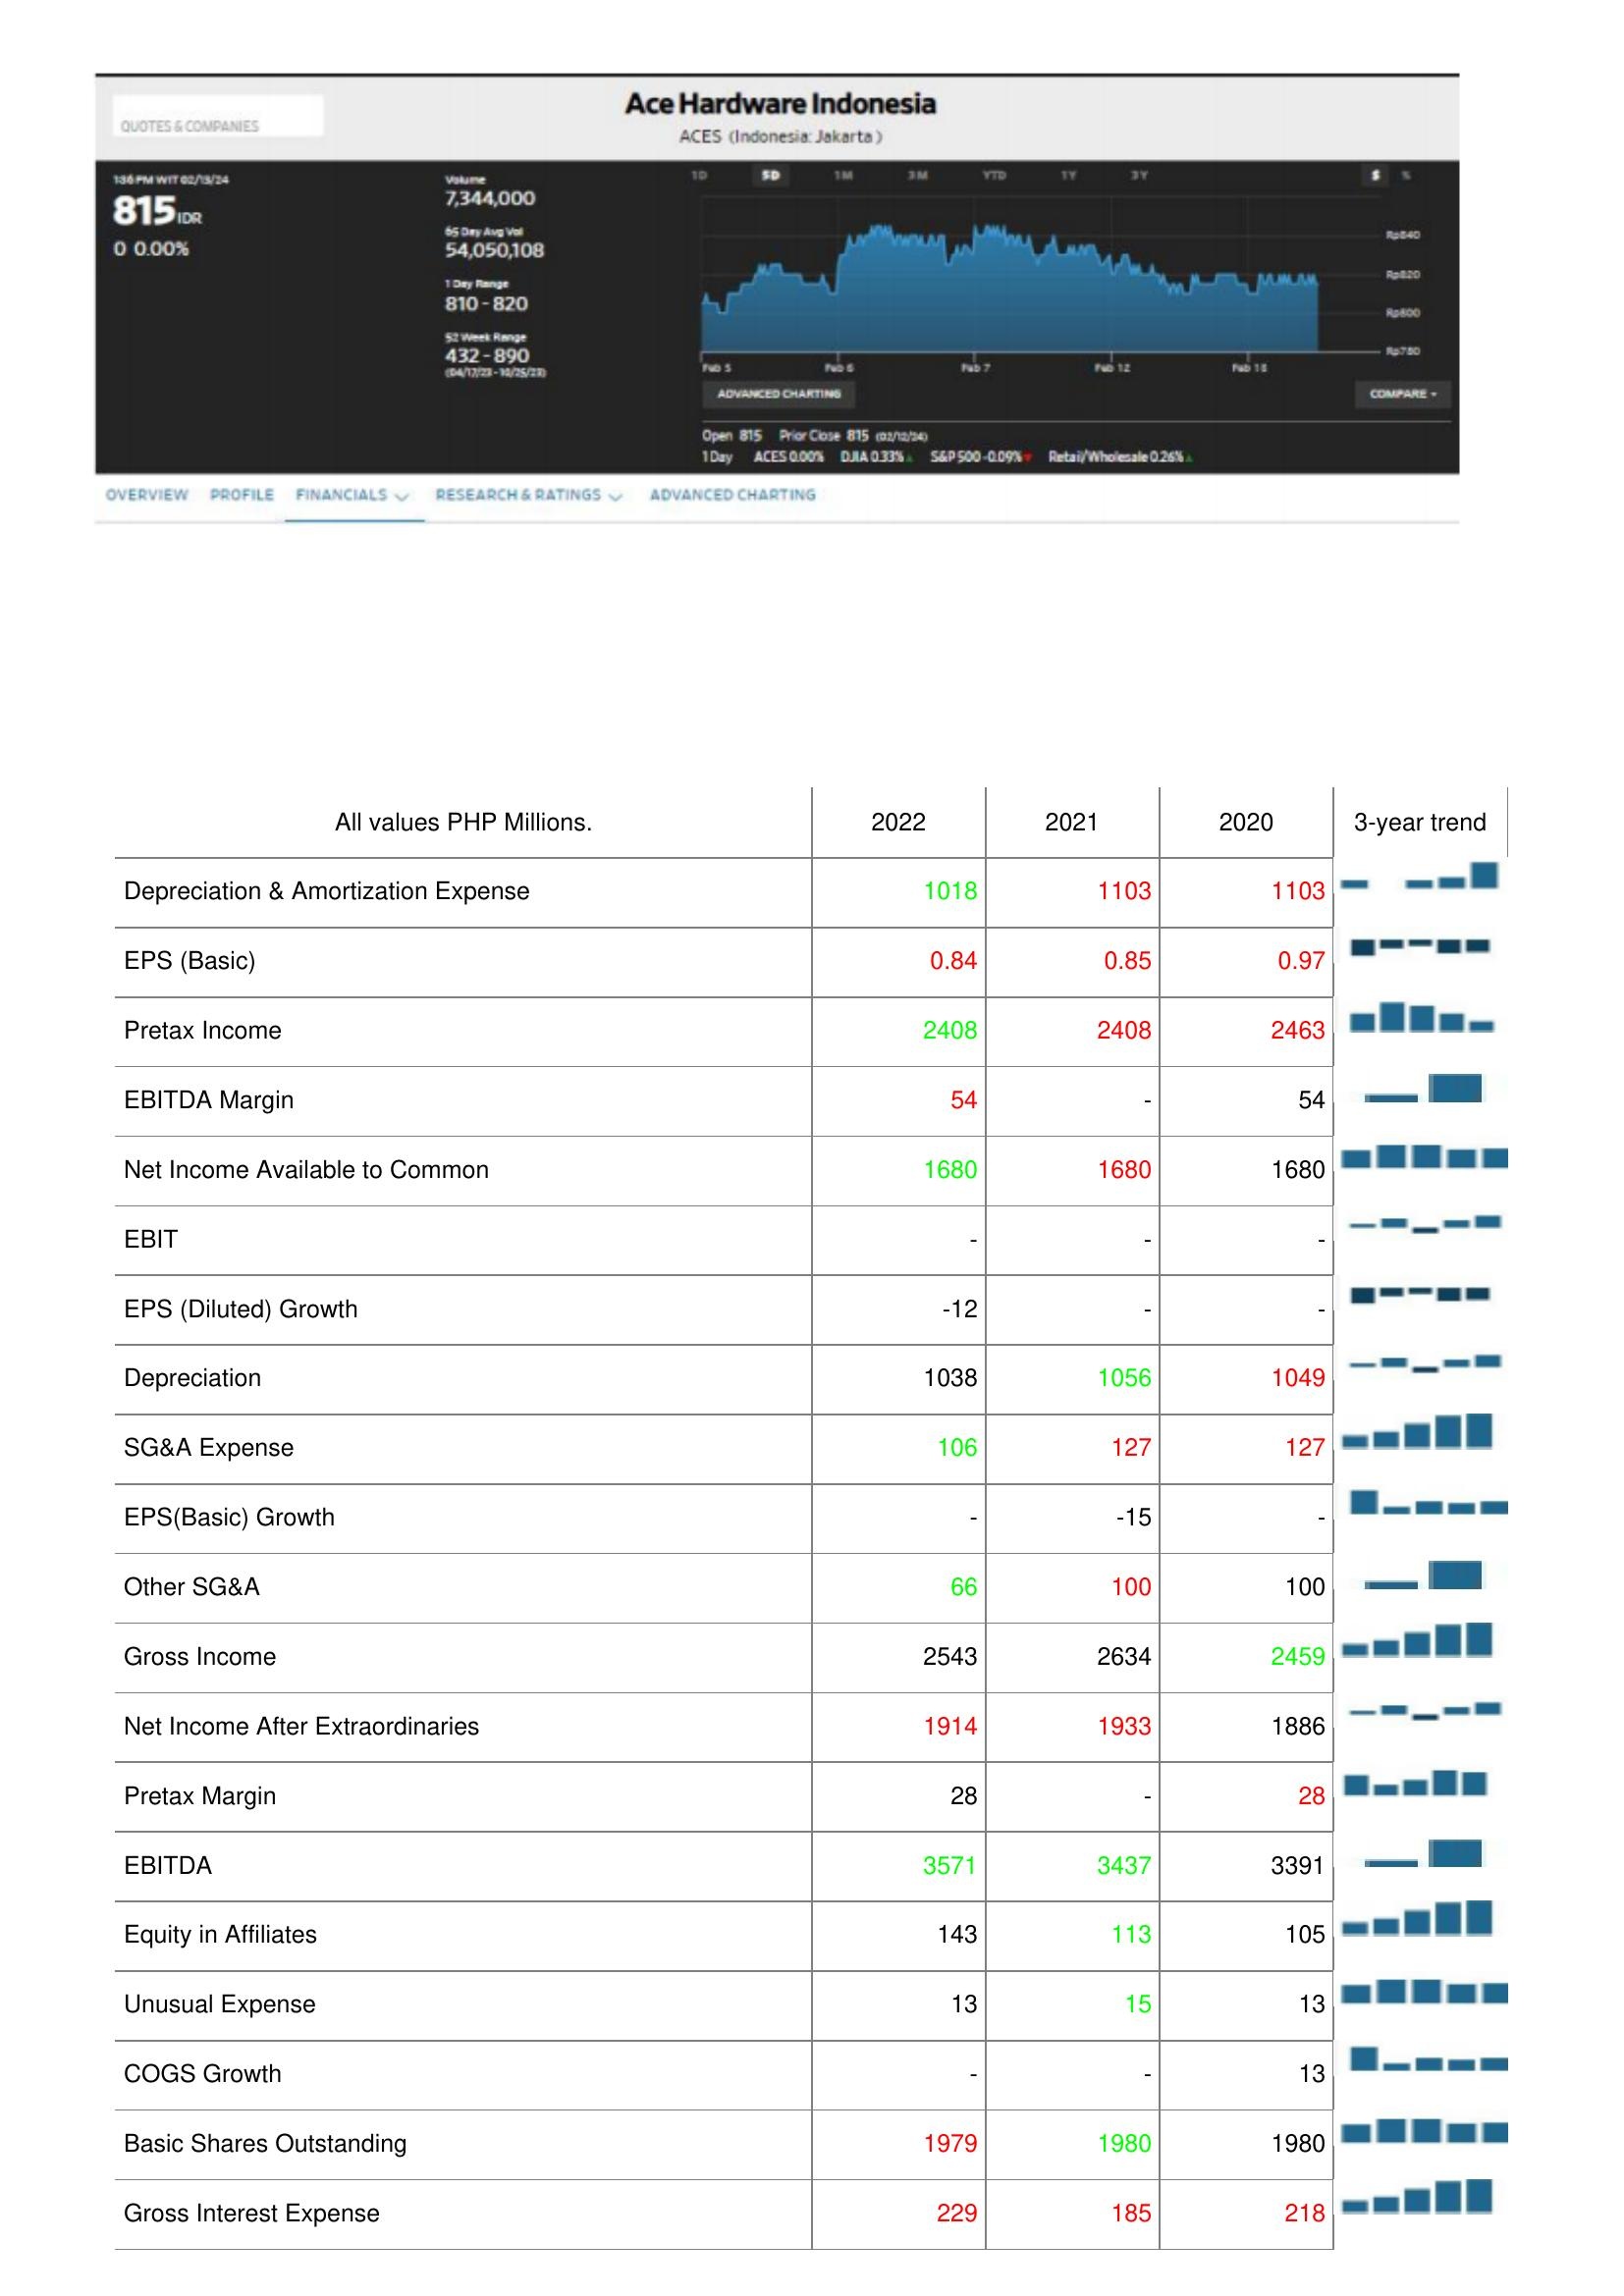
2022: : Depreciation & Amortization Expense: 1018
EPS (Basic): 0.84
Pretax Income: 2408
EBITDA Margin: 54
Net Income Available to Common: 1680
EBIT: -
EPS (Diluted) Growth: -12
Depreciation: 1038
SG&A Expense: 106
EPS(Basic) Growth: -
Other SG&A: 66
Gross Income: 2543
Net Income After Extraordinaries: 1914
Pretax Margin: 28
EBITDA: 3571
Equity in Affiliates: 143
Unusual Expense: 13
COGS Growth: -
Basic Shares Outstanding: 1979
Gross Interest Expense: 229
2021: : Depreciation & Amortization Expense: 1103
EPS (Basic): 0.85
Pretax Income: 2408
EBITDA Margin: -
Net Income Available to Common: 1680
EBIT: -
EPS (Diluted) Growth: -
Depreciation: 1056
SG&A Expense: 127
EPS(Basic) Growth: -15
Other SG&A: 100
Gross Income: 2634
Net Income After Extraordinaries: 1933
Pretax Margin: -
EBITDA: 3437
Equity in Affiliates: 113
Unusual Expense: 15
COGS Growth: -
Basic Shares Outstanding: 1980
Gross Interest Expense: 185
2020: : Depreciation & Amortization Expense: 1103
EPS (Basic): 0.97
Pretax Income: 2463
EBITDA Margin: 54
Net Income Available to Common: 1680
EBIT: -
EPS (Diluted) Growth: -
Depreciation: 1049
SG&A Expense: 127
EPS(Basic) Growth: -
Other SG&A: 100
Gross Income: 2459
Net Income After Extraordinaries: 1886
Pretax Margin: 28
EBITDA: 3391
Equity in Affiliates: 105
Unusual Expense: 13
COGS Growth: 13
Basic Shares Outstanding: 1980
Gross Interest Expense: 218